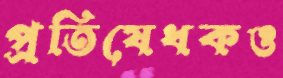
প্রতিষেধকও